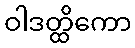
ဝါဒတ္ထိကော